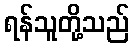
ရန်သူတို့သည်